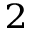
^ { 2 }